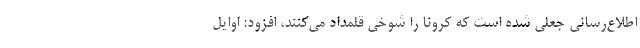
اطلاع‌رسانی جعلی شده است که کرونا را شوخی قلمداد می‌کنند، افزود: اوایل